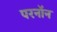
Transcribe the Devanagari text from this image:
परनॉन